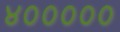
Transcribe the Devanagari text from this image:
४०००००